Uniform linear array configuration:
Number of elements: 32
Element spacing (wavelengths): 0.25
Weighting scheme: blackman
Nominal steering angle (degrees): -30
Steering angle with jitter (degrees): -30.552
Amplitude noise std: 0.05
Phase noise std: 0.05

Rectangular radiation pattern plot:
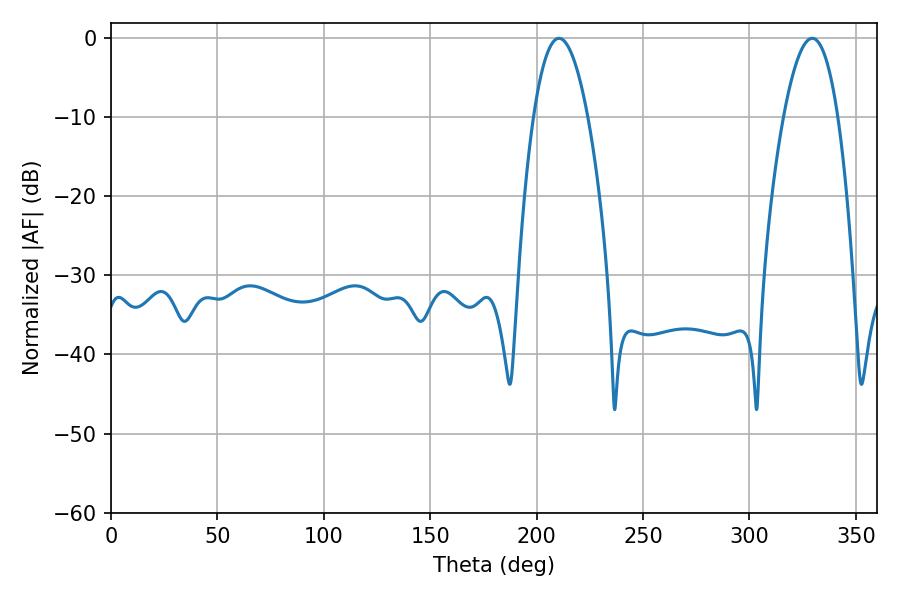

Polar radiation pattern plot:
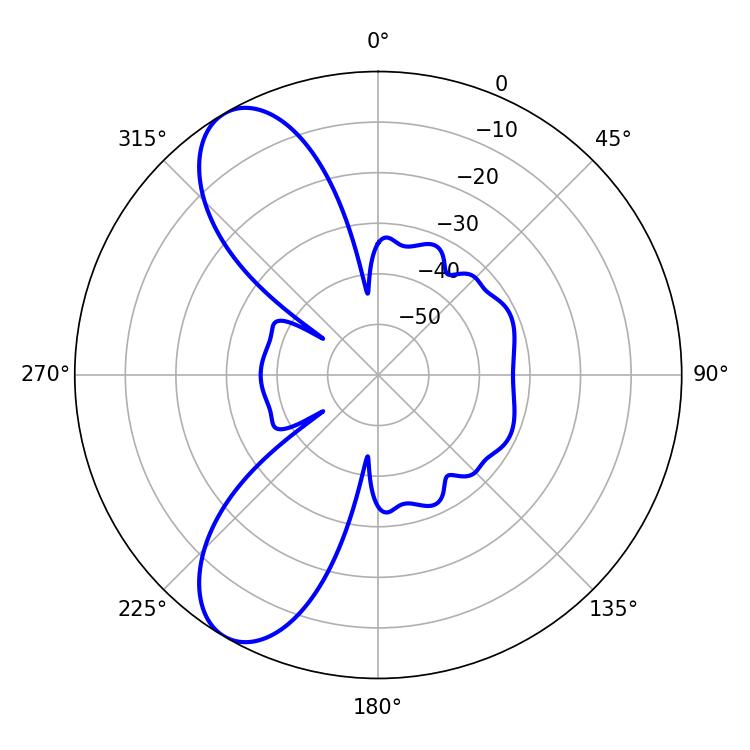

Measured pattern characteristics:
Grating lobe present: FALSE
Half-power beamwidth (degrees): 14.04
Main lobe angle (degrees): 210.42